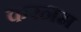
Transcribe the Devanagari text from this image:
करनम